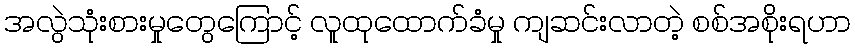
အလွဲသုံးစားမှုတွေကြောင့် လူထုထောက်ခံမှု ကျဆင်းလာတဲ့ စစ်အစိုးရဟာ